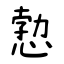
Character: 愂